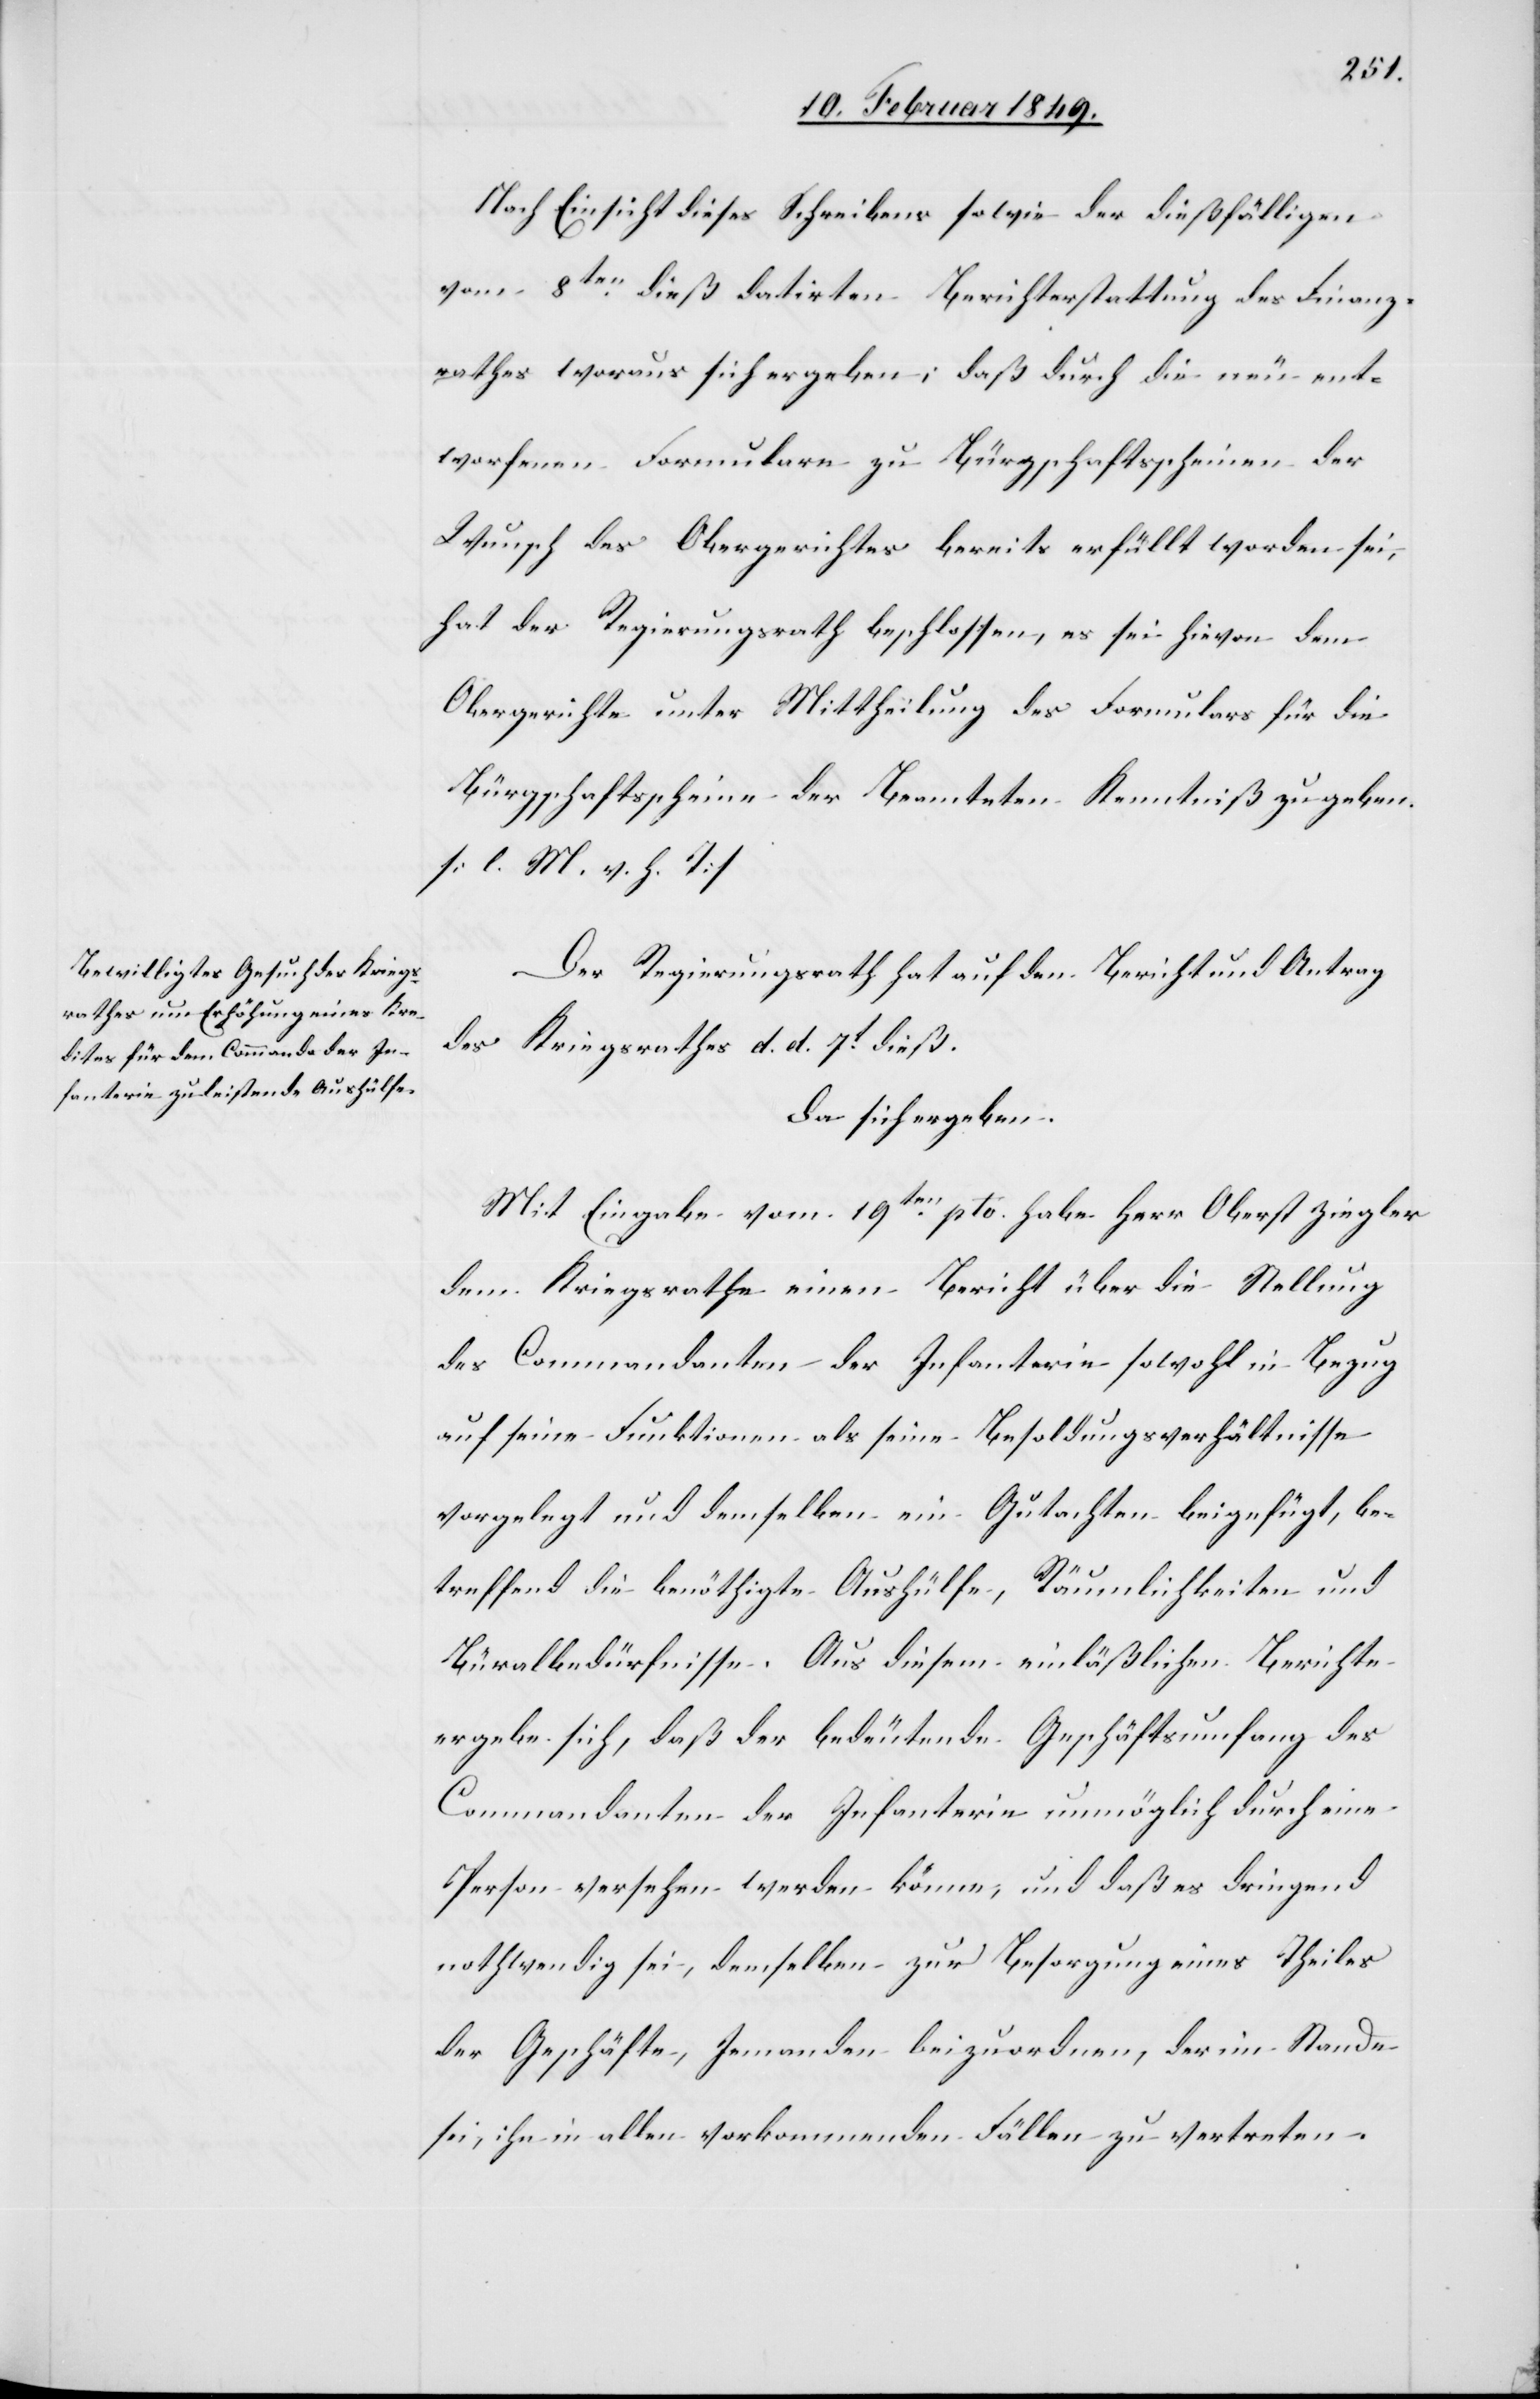
Nach Einsicht dieses Schreibens sowie der dießfälligen
vom 8ten. dieß datirten Berichterstattung des Finanz¬
rathes woraus sich ergeben; daß durch die neu ent¬
worfenen Formulare zu Bürgschaftsscheinen der
Wunsch des Obergerichtes bereits erfüllt worden sei,
hat der Regierungsrath beschlossen, es sei hievon dem
Obergerichte unter Mittheilung des Formulars für die
Bürgschaftsscheine der Beamteten Kenntniß zu geben.
[l. M. v. h. T]
Der Regierungsrath hat auf den Bericht und Antrag
des Kriegsrathes d. d. 7t. dieß.
Da sich ergeben.
Mit Eingabe vom 19ten. pto. habe Herr Oberst Ziegler
dem Kriegsrathe einen Bericht über die Stellung
des Commandanten der Infanterie sowohl in Bezug
auf seine Funktionen als seine Besoldungsverhältnisse
vorgelegt und demselben ein Gutachten beigefügt, be¬
treffend die benöthigte Aushülfe, Räumlichkeiten und
Büralbedürfnisse. Aus diesem einläßlichen Berichte
ergebe sich, daß der bedeutende Geschäftsumfang des
Commandanten der Infanterie unmöglich durch eine
Person versehen werden könne, und daß es dringend
nothwendig sei, demselben zur Besorgung eines Theiles
der Geschäfte, Jemanden beizuordnen, der im Stande
sei, ihn in allen vorkommenden Fällen zu vertreten.